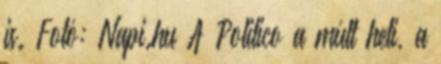
is. Fotó: Napi.hu A Politico a múlt heti, a